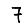
Digit: 7